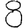
Digit: 8